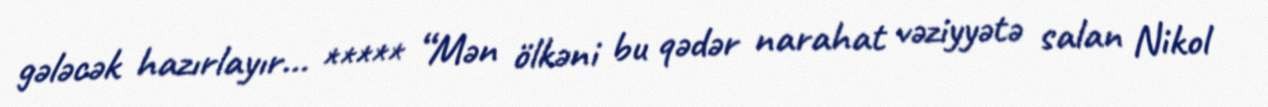
gələcək hazırlayır... ***** “Mən ölkəni bu qədər narahat vəziyyətə salan Nikol